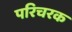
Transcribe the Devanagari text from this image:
परिचरक